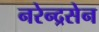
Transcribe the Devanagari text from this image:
नरेन्द्रसेन